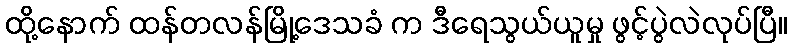
ထို့နောက် ထန်တလန်မြို့ဒေသခံ က ဒီရေသွယ်ယူမှု ဖွင့်ပွဲလဲလုပ်ပြီ။